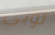
توبى